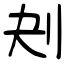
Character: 刔